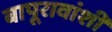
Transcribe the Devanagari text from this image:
बापूरावांशी